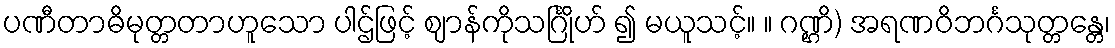
ပဏီတာဓိမုတ္တတာဟူသော ပါဌ်ဖြင့် ဈာန်ကိုသင်္ဂြိုဟ် ၍ မယူသင့်။ ။ ဂဏ္ဌိ) အရဏဝိဘင်္ဂသုတ္တန္တေ၊